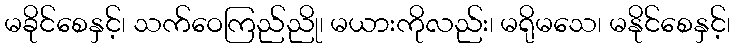
မခိုင်စေနှင့်၊ သက်ဝေကြည်ညို၊ မယားကိုလည်း၊ မရိုမသေ၊ မနိုင်စေနှင့်၊